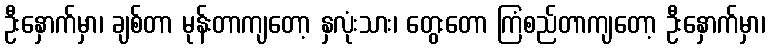
ဦးနှောက်မှာ၊ ချစ်တာ မုန်းတာကျတော့ နှလုံးသား၊ တွေးတော ကြံစည်တာကျတော့ ဦးနှောက်မှာ၊